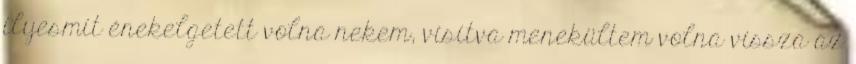
ilyesmit énekelgetett volna nekem, visítva menekültem volna vissza az